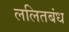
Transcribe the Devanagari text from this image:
ललितबंध